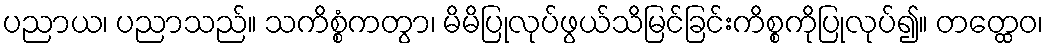
ပညာယ၊ ပညာသည်။ သကိစ္စံကတွာ၊ မိမိပြုလုပ်ဖွယ်သိမြင်ခြင်းကိစ္စကိုပြုလုပ်၍။ တတ္ထေဝ၊